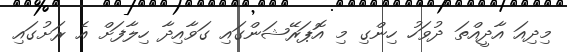
މިދިއަ އާދީއްތަ ދުވަހު ހިންގި މި އޮޕަރޭޝަންގައި ގަވާއިދާ ހިލާފަށް އެ ރަށުގައި